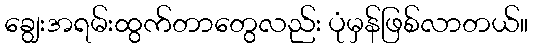
ချွေးအရမ်းထွက်တာတွေလည်း ပုံမှန်ဖြစ်လာတယ်။